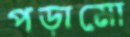
পড়ামো